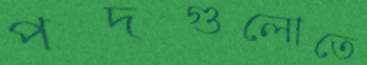
পদগুলোতে